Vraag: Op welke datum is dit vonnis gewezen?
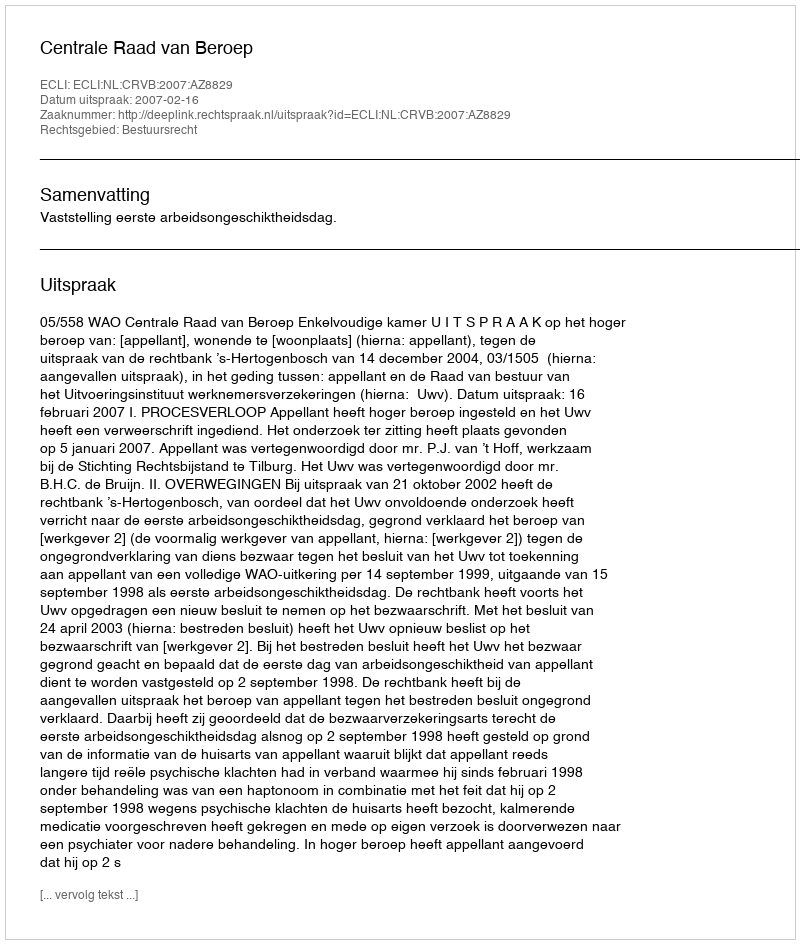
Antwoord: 2007-02-16